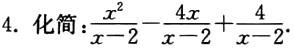
4. 化简：$\frac{x^{2}}{x - 2}-\frac{4x}{x - 2}+\frac{4}{x - 2}$